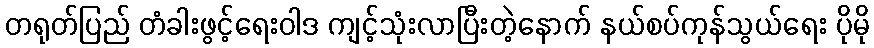
တရုတ်ပြည် တံခါးဖွင့်ရေးဝါဒ ကျင့်သုံးလာပြီးတဲ့နောက် နယ်စပ်ကုန်သွယ်ရေး ပိုမို